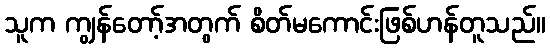
သူက ကျွန်တော့်အတွက် စိတ်မကောင်းဖြစ်ဟန်တူသည်။